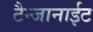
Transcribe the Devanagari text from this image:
टैन्जानाईट